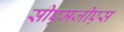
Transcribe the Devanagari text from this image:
सीएमजीएस